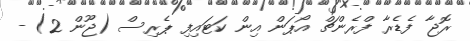
ރޮޖާ ފެޑެރާ ފްރެންޗް އޯޕަން އިން ކަޓައިފި ޕެރިސް (ޖޫން 2) -